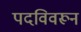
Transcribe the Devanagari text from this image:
पदविवरून